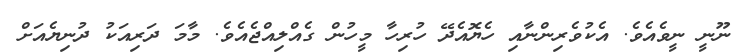
ނޫނީ ނީވެއެވެ. އެކުވެރިންނާއި ހެޔޮއެދޭ ހުރިހާ މީހުން ގެއްލިއްޖެއެވެ. މާމަ ދަރިއަކު ދުނިޔެއަށް